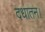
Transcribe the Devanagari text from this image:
दधातन।